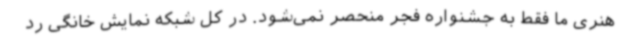
هنری ما فقط به جشنواره فجر منحصر نمی‌شود. در کل شبکه نمایش خانگی رد